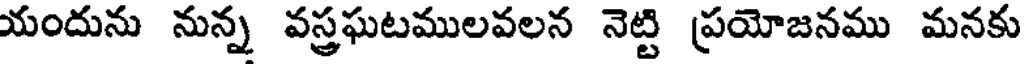
యందును నున్న వస్త్రఘటములవలన నెట్టి ప్రయోజనము మనకు